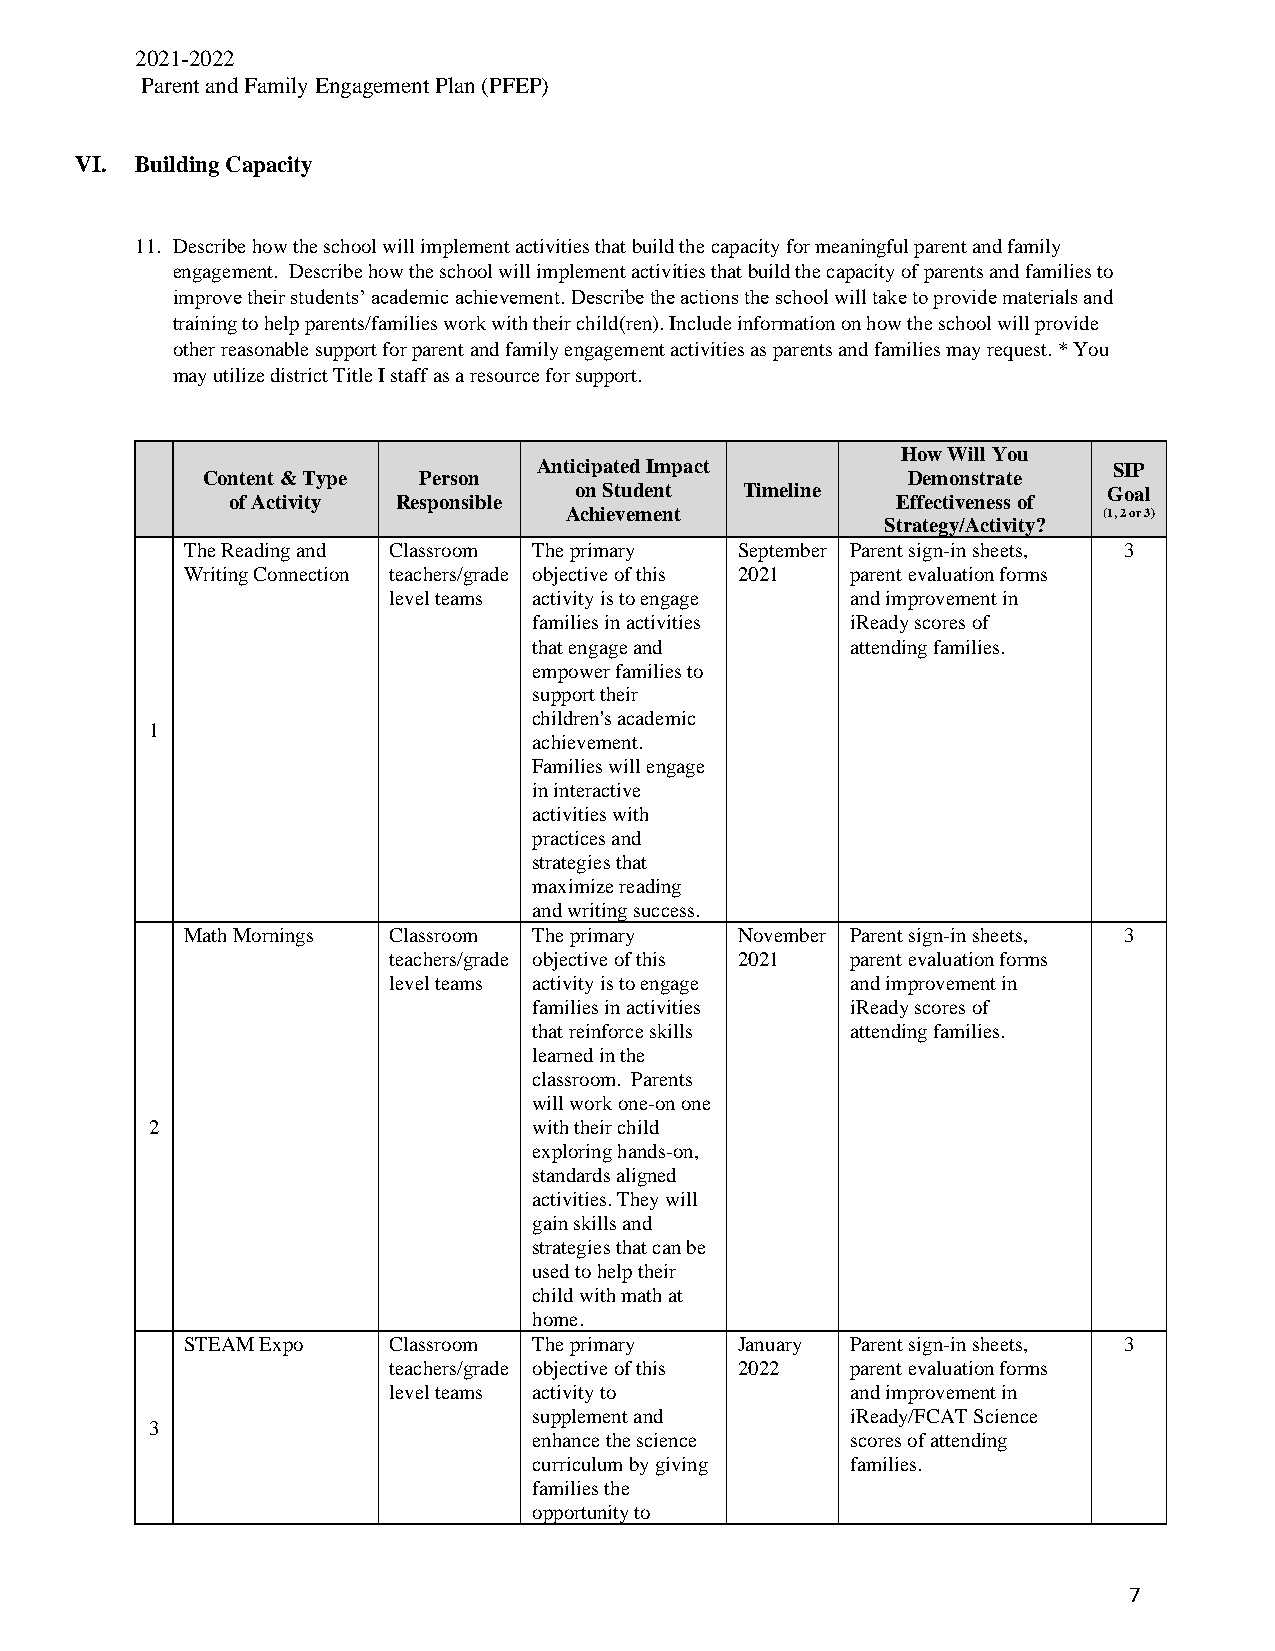
2021-2022
 Parent and Family Engagement Plan (PFEP)
 VI. Building Capacity
 11. Describe how the school will implement activities that build the capacity for meaningful parent and family
 engagement. Describe how the school will implement activities that build the capacity of parents and families to
 improve their students’ academic achievement. Describe the actions the school will take to provide materials and
 training to help parents/families work with their child(ren). Include information on how the school will provide
 other reasonable support for parent and family engagement activities as parents and families may request. * You
 may utilize district Title I staff as a resource for support.
 How Will You
 Anticipated Impact                    SIP
 Content & Type Person                          Demonstrate
 on Student Timeline                Goal
 of Activity Responsible                     Effectiveness of
 Achievement                         (1, 2 or 3)
 Strategy/Activity?
 The Reading and Classroom The primary September Parent sign-in sheets, 3
 Writing Connection teachers/grade objective of this 2021 parent evaluation forms
 level teams activity is to engage and improvement in
 families in activities iReady scores of
 that engage and      attending families.
 empower families to
 support their
 children's academic
 1
 achievement.
 Families will engage
 in interactive
 activities with
 practices and
 strategies that
 maximize reading
 and writing success.
 Math Mornings Classroom The primary  November Parent sign-in sheets, 3
 teachers/grade objective of this 2021 parent evaluation forms
 level teams activity is to engage and improvement in
 families in activities iReady scores of
 that reinforce skills attending families.
 learned in the
 classroom. Parents
 will work one-on one
 2                        with their child
 exploring hands-on,
 standards aligned
 activities. They will
 gain skills and
 strategies that can be
 used to help their
 child with math at
 home.
 STEAM Expo    Classroom The primary  January Parent sign-in sheets, 3
 teachers/grade objective of this 2022 parent evaluation forms
 level teams activity to       and improvement in
 supplement and       iReady/FCAT Science
 3
 enhance the science  scores of attending
 curriculum by giving families.
 families the
 opportunity to
 7